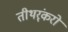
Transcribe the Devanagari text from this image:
तीथर्ंकरों